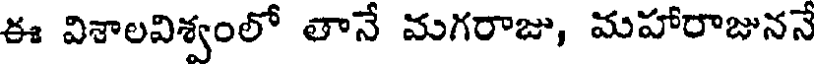
ఈ విశాలవిశ్వంలో తానే మగరాజు, మహారాజుననే